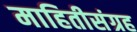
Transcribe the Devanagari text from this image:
माहितीसंग्रह